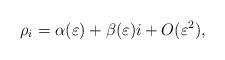
LaTeX: \begin{align*}\rho_i=\alpha(\varepsilon)+\beta(\varepsilon) i+O(\varepsilon^2),\end{align*}